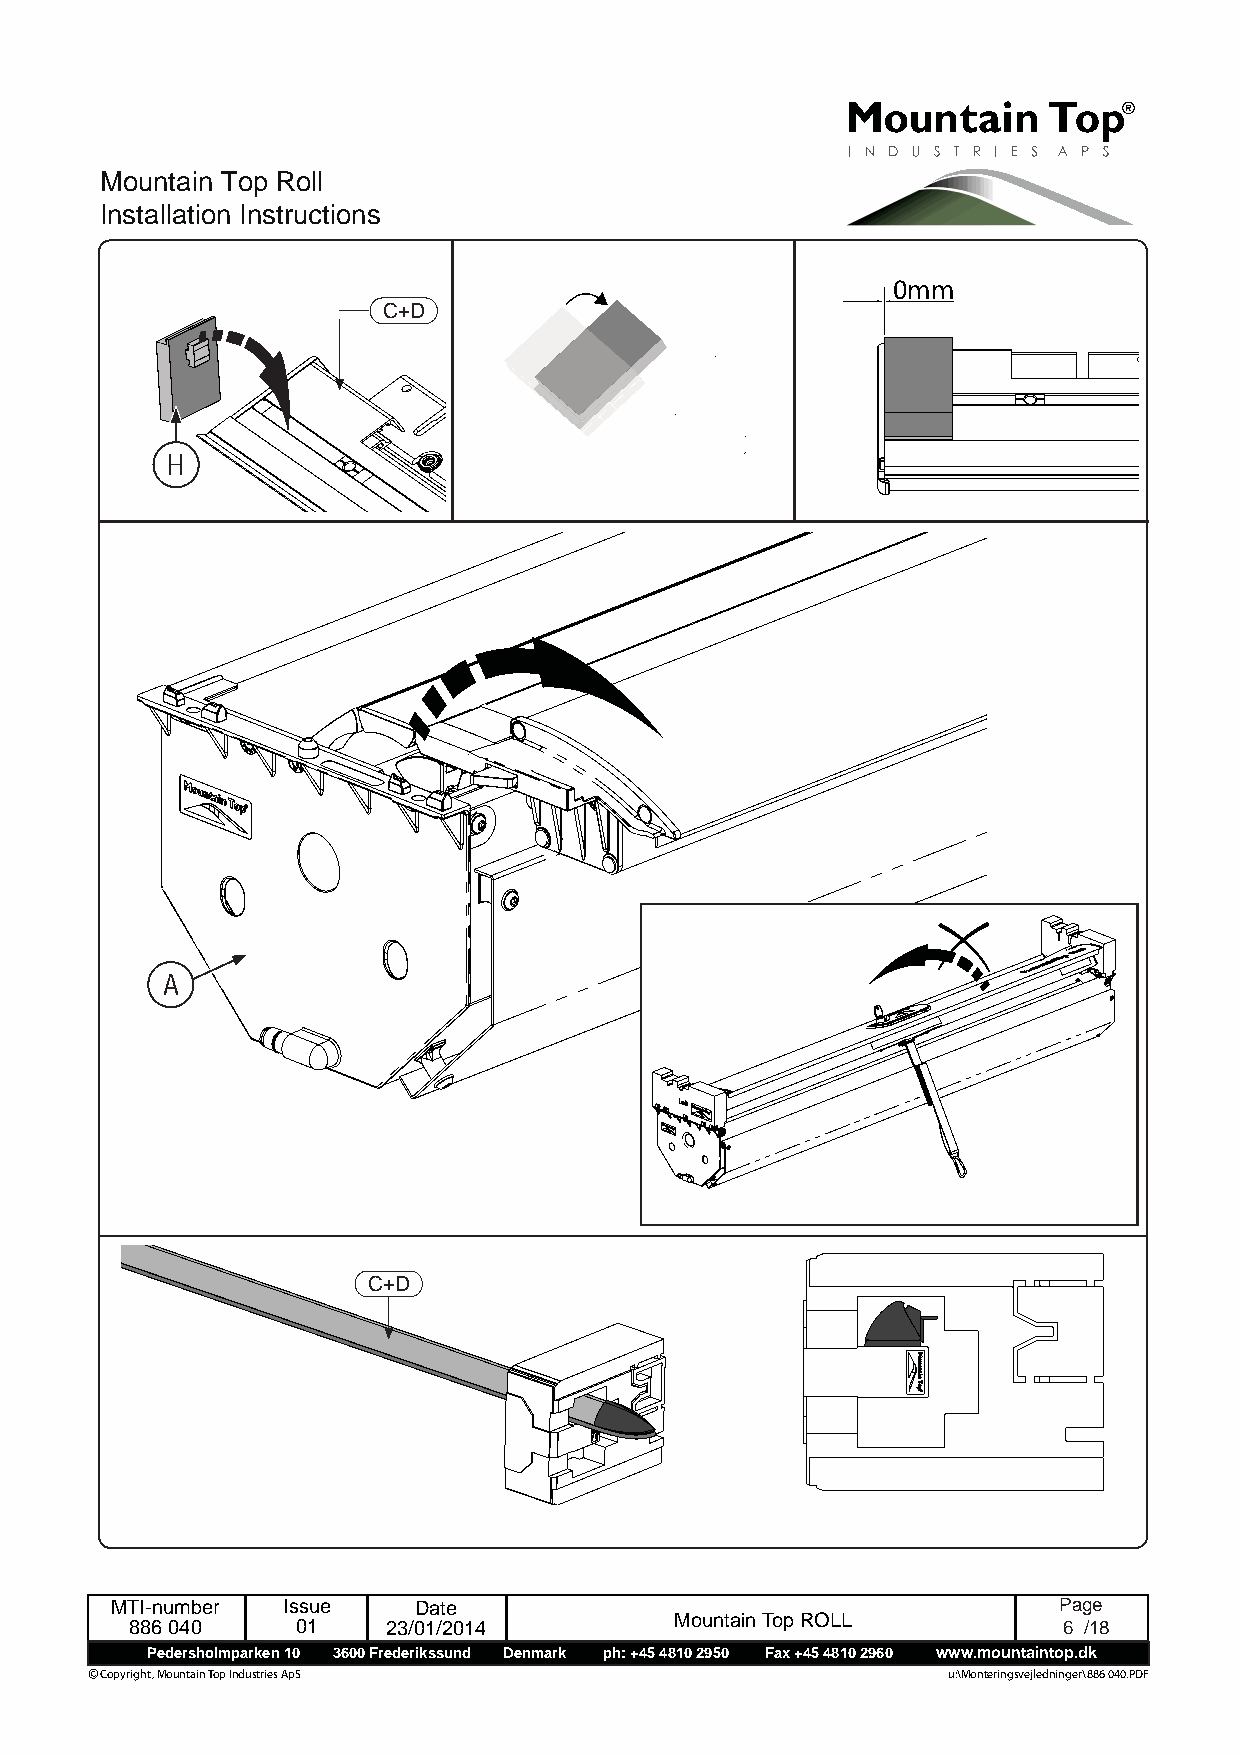
Mountain Top Roll
 Installation Instructions
 0mm
 C+D
 H
 A
 C+D
 MTI-number  Issue   Date                                       Page
 886 040    01    23/01/2014         Mountain Top ROLL        6 /18
 Pedersholmparken 10 3600 Frederikssund Denmark ph: +45 4810 2950 Fax +45 4810 2960 www.mountaintop.dk
 © Copyright, Mountain Top Industries ApS                 u:\Monteringsvejledninger\886 040.PDF